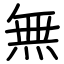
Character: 無